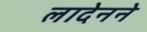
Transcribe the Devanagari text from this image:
लादेनने